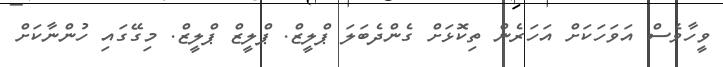
ވީހާވެސް އަވަހަކަށް އަހަރެން ތިކޮޅަށް ގެންދެބަލަ ޕްލީޒް. ޕްލީޒް ޕްލީޒް. މިގޭގައި ހުންނާކަށް